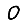
Digit: 0